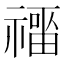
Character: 𰨑